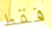
فقط